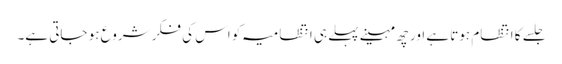
جلسے کا انتظام ہوتا ہے اور چھ مہینے پہلے ہی انتظامیہ کو اس کی فکر شروع ہو جاتی ہے۔